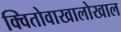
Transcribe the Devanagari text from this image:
क्वितोवाखालोखाल